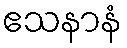
ဧသနာနံ